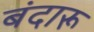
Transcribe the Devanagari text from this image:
बंदारू